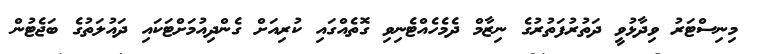
މިނިސްޓަރު ވިދާޅުވީ ދަތުރުފަތުރުގެ ނިޒާމް ދެމެހެއްޓެނިވި ގޮތެއްގައި ކުރިއަށް ގެންދިއުމަށްޓަކައި ދައުލަތުގެ ބަޖެޓުން